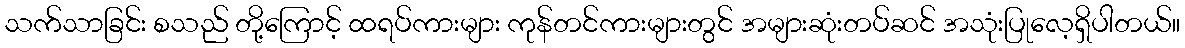
သက်သာခြင်း စသည် တို့ကြောင့် ထရပ်ကားများ ကုန်တင်ကားများတွင် အများဆုံးတပ်ဆင် အသုံးပြုလေ့ရှိပါတယ်။